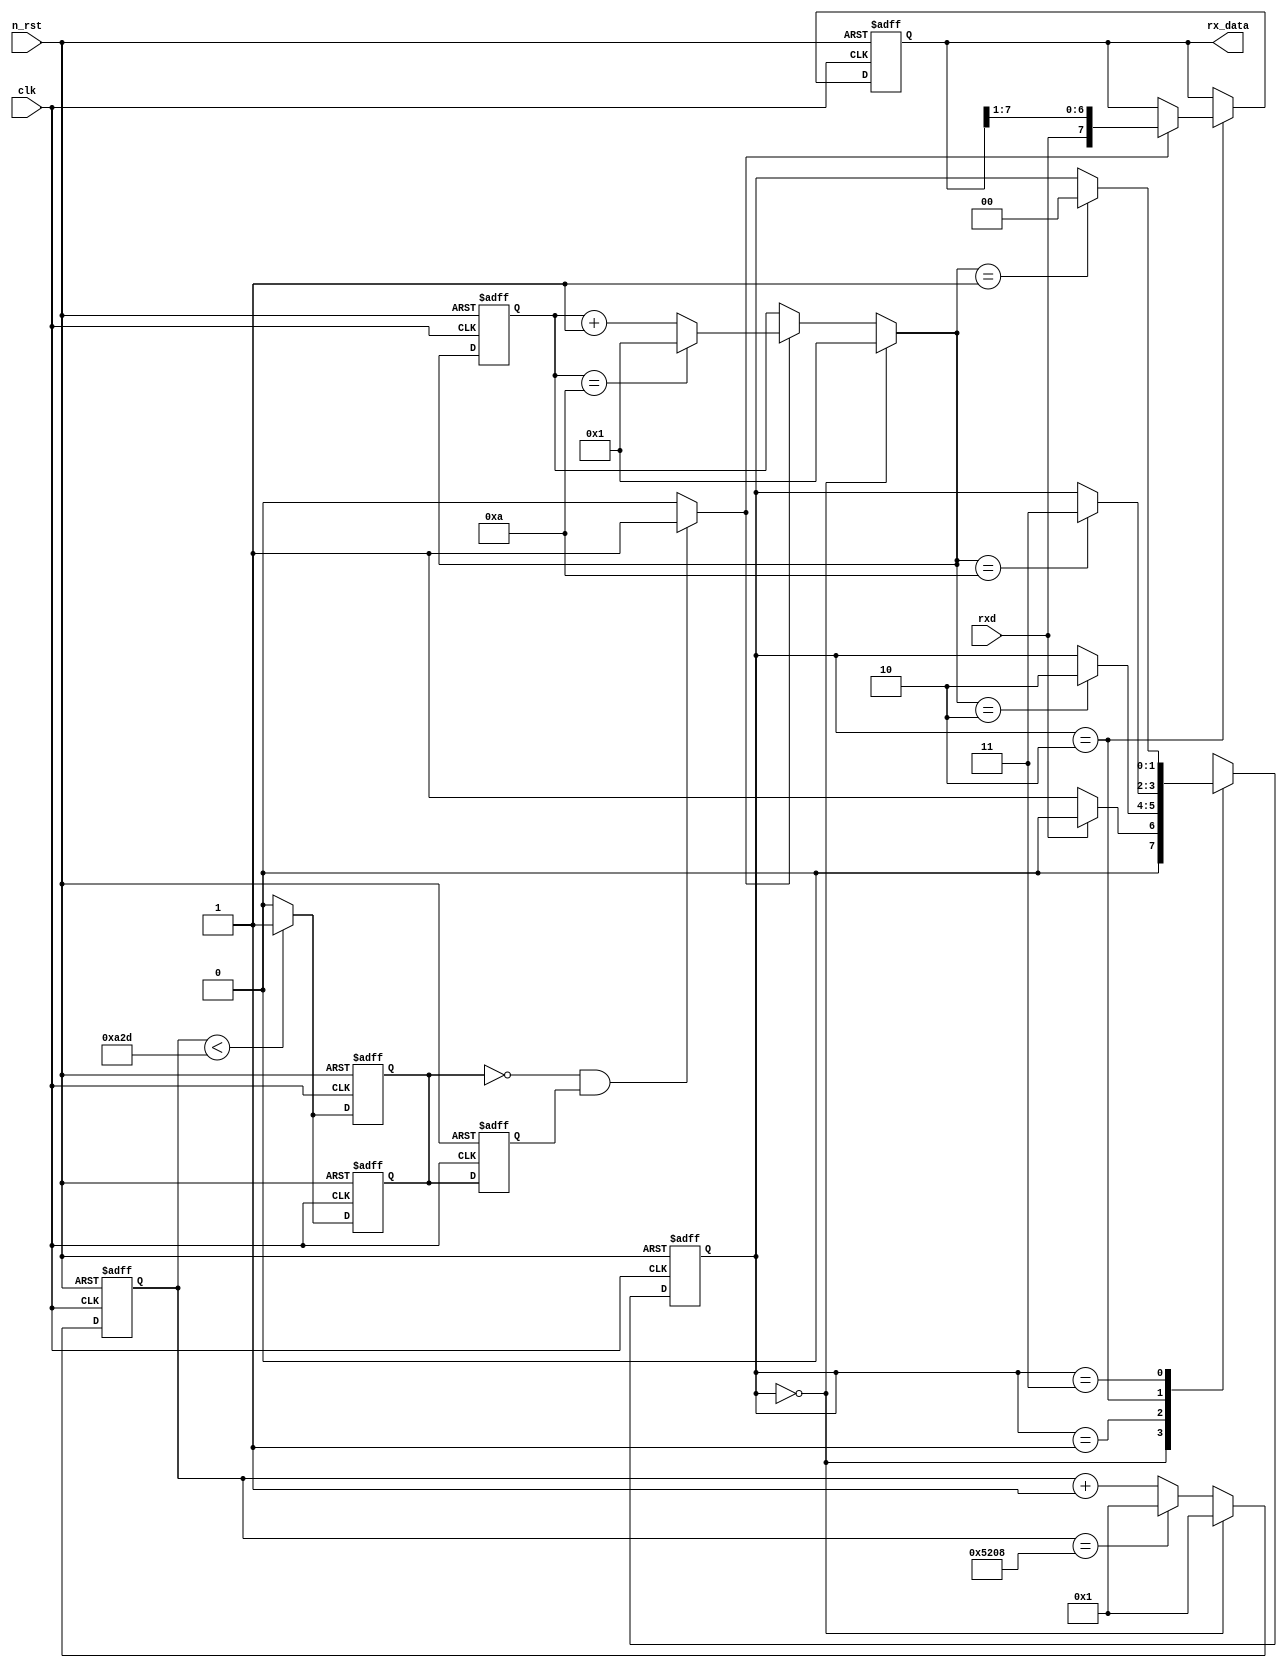
module rx(
    clk,
    n_rst,
    rxd,
    rx_data
);

input clk;
input n_rst;
input rxd;

output [7:0] rx_data;
reg [7:0] rx_data;

reg [1:0] state; 
reg [1:0] next_state; 

localparam IDLE = 2'h0; 
localparam START = 2'h1; 
localparam WRITE= 2'h2; 
localparam STOP = 2'h3; //4state => 2bit

localparam FLG1 = 16'h5208; 
localparam FLG2 = 4'ha; //start 0-15 middle => a 

reg [15:0] c_cnt1;
reg [15:0] n_cnt1; 

reg [3:0] c_cnt2; 
reg [3:0] n_cnt2; 

always @(posedge clk or negedge n_rst) begin
  if (!n_rst) begin
    state <= IDLE;
    c_cnt1 <= 16'h0001;
    c_cnt2 <= 4'h1;
  end
  else begin
    state <= next_state;
    c_cnt1 <= n_cnt1;
    c_cnt2 <= n_cnt2;
  end
end

always @(rxd or n_cnt2) begin
  case(state)
    IDLE: next_state = (rxd == 1'b1) ? IDLE : START;
    START: next_state = (n_cnt2 == 4'h2) ? WRITE : state;
    WRITE: next_state = (n_cnt2 == FLG2) ? STOP : state;
    STOP: next_state = (n_cnt2 == 4'h1) ? IDLE : state;
    default: next_state = IDLE;
  endcase
end 

reg sclk;
   
always @(posedge clk or negedge n_rst) begin
  if (!n_rst)
    sclk <= 1'b1;
  else begin
    if (c_cnt1 < 16'h0A2D)
      sclk <= 1'b1;
    else
      sclk <= 1'b0;
  end
end
   
always @(state or c_cnt1) 
  case (state)
    IDLE: n_cnt1 = 16'h0001;
    default: begin
       if (c_cnt1 == FLG1)
          n_cnt1 = 16'h0001;
       else
          n_cnt1 = c_cnt1 + 16'h0001;
    end
  endcase

 
always @(posedge clk or negedge n_rst) 
  if (!n_rst)
    sclk <= 1'b1;
  else begin
    if (c_cnt1 < 16'h0A2D)
        sclk <= 1'b1;
    else
        sclk <= 1'b0;
  end

reg sclk_delay; 
wire falling_sclk; 

//before sclk vs current sclk => falling edge gamzi
always @(posedge clk or negedge n_rst)
  if (!n_rst)
    sclk_delay <= 1'b1;
  else
    sclk_delay <= sclk;

assign falling_sclk = ((sclk == 1'b0) && (sclk_delay == 1'b1)) ? 1'b1 : 1'b0;

always @(state or falling_sclk)
  case (state)
    IDLE: n_cnt2 = 4'h1;
    default: begin
        if (falling_sclk == 1'b0)
            n_cnt2 = c_cnt2;
        else begin
            if (c_cnt2 == FLG2)
                n_cnt2 = 4'h1;
            else
                n_cnt2 = c_cnt2 + 4'h1;
        end
    end
endcase

always @(posedge clk or negedge n_rst)
  if (!n_rst)
    rx_data <= 8'h00;
  else if (state == WRITE) begin
    rx_data <= (falling_sclk == 1'b1) ? {rxd, rx_data[7:1]} : rx_data; //falingsclk = 1 -> right shift -> new rx_data
  end
  else
    rx_data <= rx_data;

endmodule